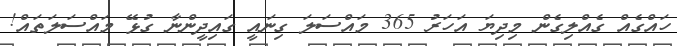
ހައްގެއް ގެއްލިގެން މިދިޔަ އަހަރު 365 މައްސަލަ ގިނައީ ގައިދީންނާ ގުޅޭ މައްސަލަތައް!